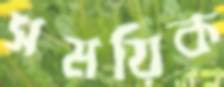
সময়িক